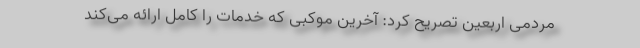
مردمی اربعین تصریح کرد: آخرین موکبی که خدمات را کامل ارائه می‌کند